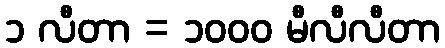
၁ လီတာ = ၁၀၀၀ မီလီလီတာ